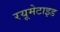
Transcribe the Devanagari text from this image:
रयूमेटाइड